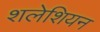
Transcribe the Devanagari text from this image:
शलेशियन